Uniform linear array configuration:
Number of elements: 64
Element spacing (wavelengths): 0.25
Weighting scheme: hann
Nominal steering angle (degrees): -60
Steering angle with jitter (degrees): -60.308
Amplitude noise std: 0.05
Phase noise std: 0.05

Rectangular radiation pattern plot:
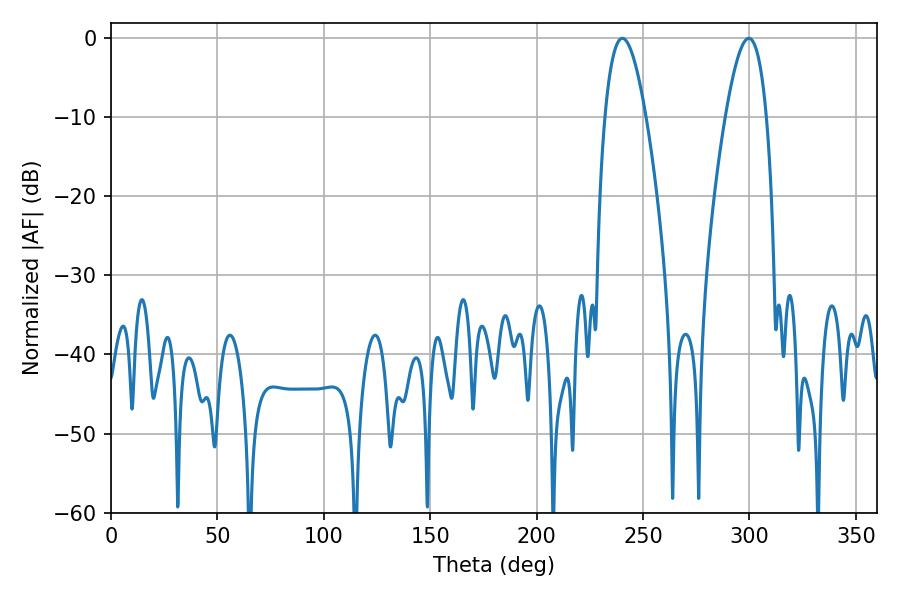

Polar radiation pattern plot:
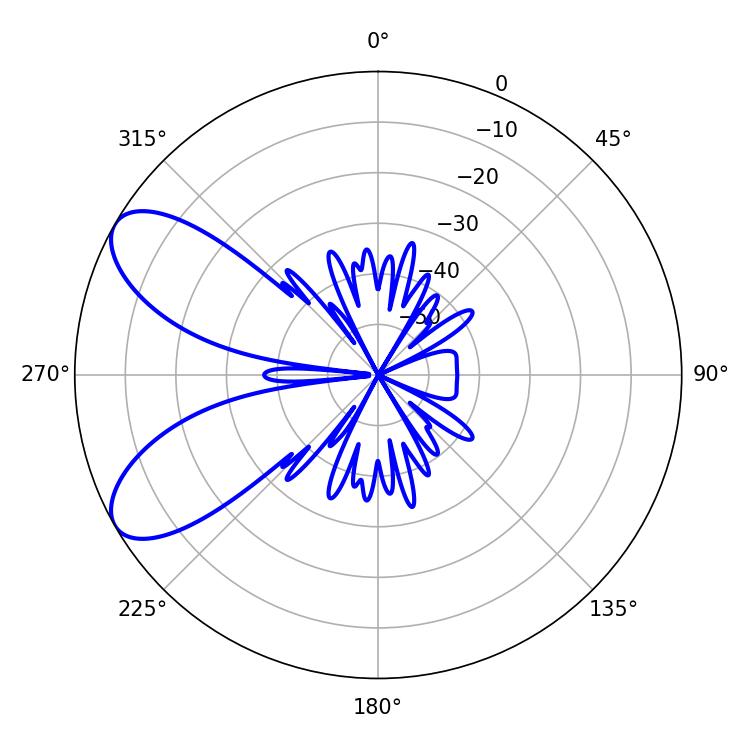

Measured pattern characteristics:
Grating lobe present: FALSE
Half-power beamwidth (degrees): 10.62
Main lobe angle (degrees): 240.3